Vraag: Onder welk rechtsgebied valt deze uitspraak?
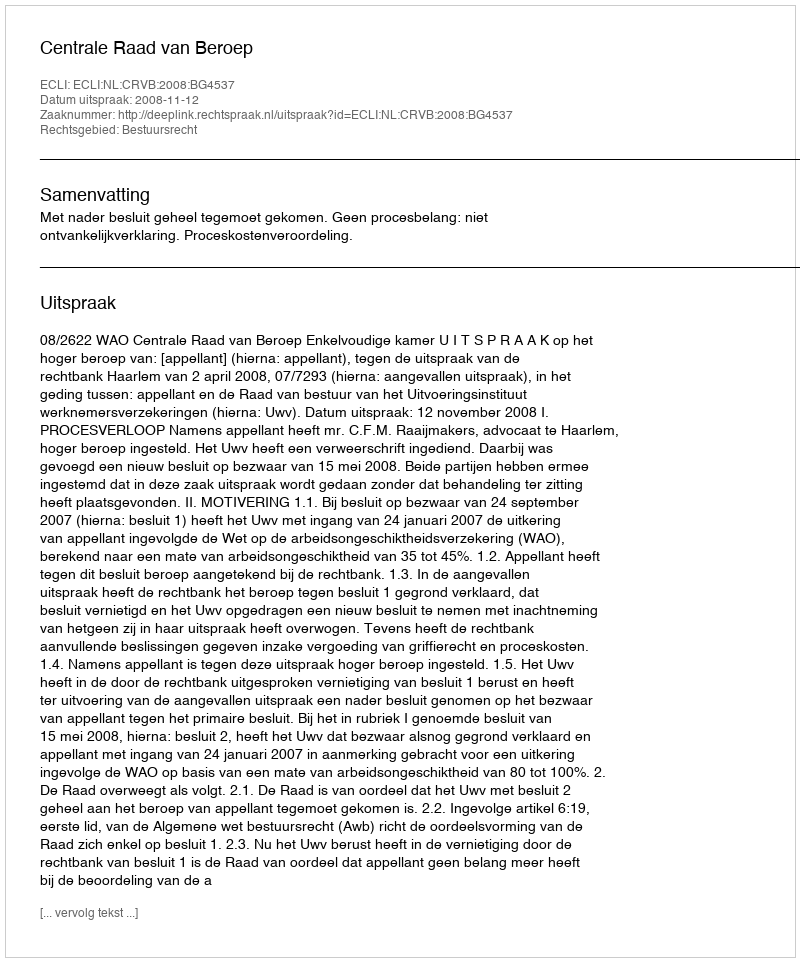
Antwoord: Bestuursrecht